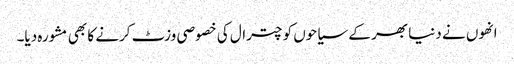
انھوں نے دنیا بھر کے سیاحوں کو چترال کی خصوصی وزٹ کرنے کا بھی مشورہ دیا۔